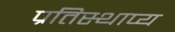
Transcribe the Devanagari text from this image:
प्रतिस्थाप्य